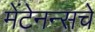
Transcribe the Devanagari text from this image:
मेंटेनन्सचे